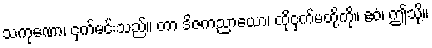
သကုဏော၊ ငှက်မင်းသည်။ တာ ဒိဇကညာယော၊ ထိုငှက်မတို့ကို။ ဧဝံ၊ ဤသို့။